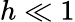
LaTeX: h\ll 1